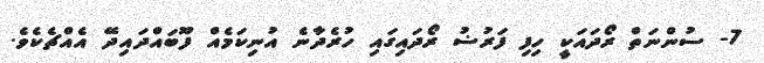
7- ސުންނަތް ރޯދައަކީ ހިފި ފަރުޟު ރޯދައިގައި ހުރެދާނެ އުނިކަމެއް ފޫބައްދައިދޭ އެއްޗެކެވެ.